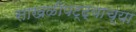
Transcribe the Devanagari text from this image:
साखळीपट्ट्याच्या